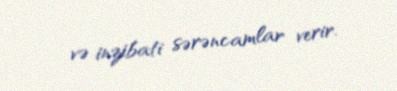
və inzibati sərəncamlar verir.